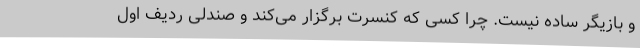
و بازیگر ساده نیست. چرا کسی که کنسرت برگزار می‌کند و صندلی ردیف اول